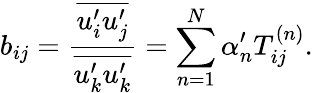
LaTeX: b_{ij}=\frac{\overline{{u_{i}^{\prime}u_{j}^{\prime}}}}{\overline{{u_{k}^{\prime}u_{k}^{\prime}}}}=\sum_{n=1}^{N}\alpha_{n}^{\prime}T_{ij}^{\left(n\right)}.